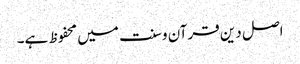
اصل دین قرآن وسنت میں محفوظ ہے۔